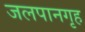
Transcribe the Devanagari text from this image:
जलपानगृह